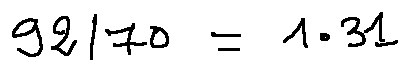
9 2 / 7 0 = 1 . 3 1